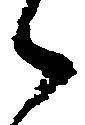
々